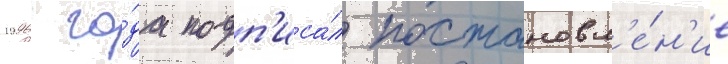
1996 го́да подп'иса́л постановл'е́н'ие